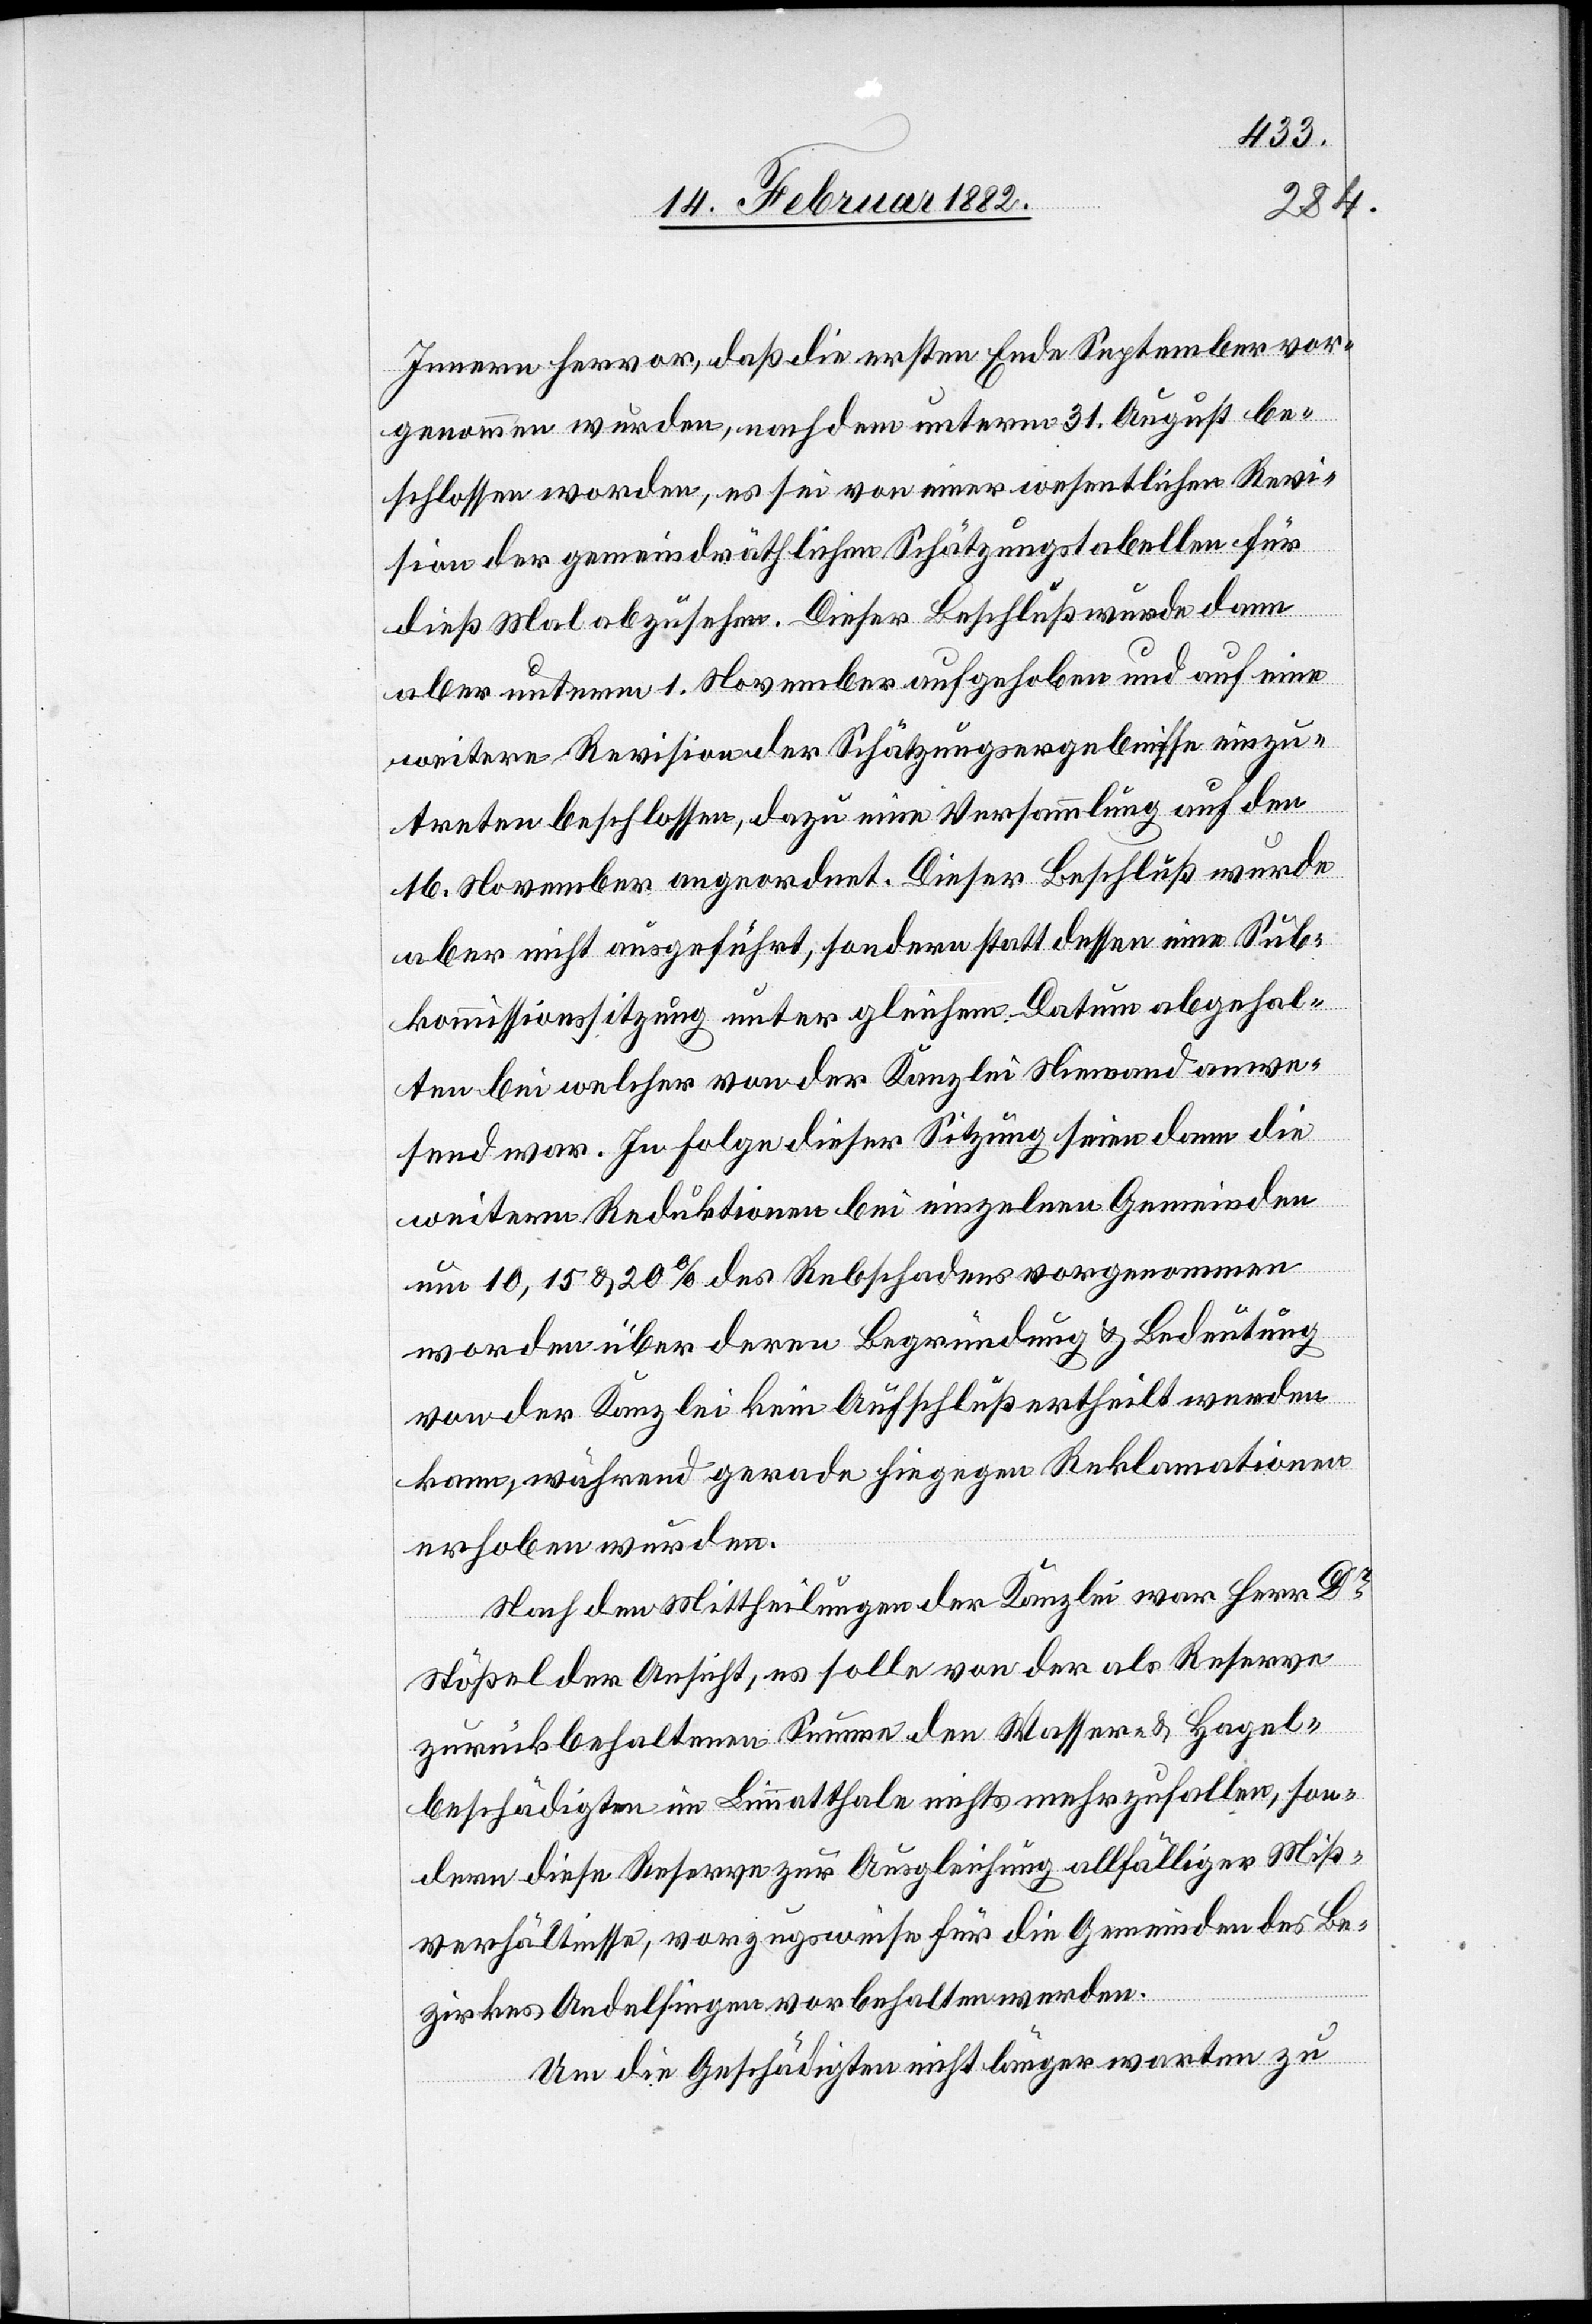
Innern hervor, daß die ersten Ende September vor¬
genommen wurden, nachdem unterm 31. August be¬
schlossen wurde, es sei von einer wesentlichen Revi¬
sion der gemeindräthlichen Schätzungstabelle für
dieß Mal abzusehen. Dieser Beschluß wurde dann
aber unterm 1. November aufgehoben und auf eine
weitere Revision der Schätzungsergebnisse einzu¬
treten beschlossen, dazu eine Versammlung auf den
16. November angeordnet. Dieser Beschluß wurde
aber nicht ausgeführt, sondern stattdessen eine Sub¬
kommissionssitzung unter gleichem Datum abgehal¬
ten bei welcher von der Kanzlei Niemand anwe¬
send war. In Folge dieser Sitzung seien dann die
weiteren Reduktionen bei einzelnen Gemeinden
um 10,15 & 20% des Rebschadens vorgenommen
worden über deren Begründung & Bedeutung
von der Kanzlei kein Aufschluß ertheilt werden
kann, während gerade hingegen Reklamationen
erhoben wurden.
Nach den Mittheilungen der Kanzlei war Herr Dr
Stößel der Ansicht, es solle von der als Reserve
zurückbehaltenen Summe den Wasser- & Hagel¬
beschädigten im Limmatthale nichts mehr zufallen, son¬
dern diese Reserven zur Ausgleichung allfälliger Miß¬
verhältnisse, vorzuweisen für die Gemeinde des Be¬
zirkes Andelfingen vorbehalten werden.
Um die Geschädigten nicht länger warten zu